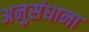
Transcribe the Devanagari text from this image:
अनुसंधाना